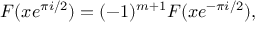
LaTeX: F ( x e ^ { \pi i / 2 } ) = ( - 1 ) ^ { m + 1 } F ( x e ^ { - \pi i / 2 } ) ,